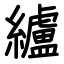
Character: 纑